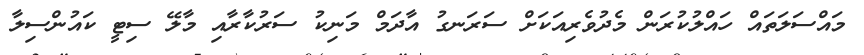
މައްސަލަތައް ހައްލުކުރަން މެދުވެރިއަކަށް ސަރަނގު އާދަމް މަނިކު ސަރުކާރާއި މާލޭ ސިޓީ ކައުންސިލާ